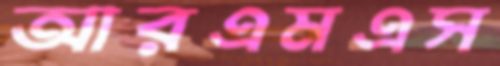
আরএমএস